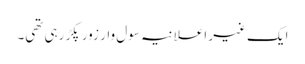
ایک غیر اعلانیہ سول وار زور پکڑ رہی تھی۔